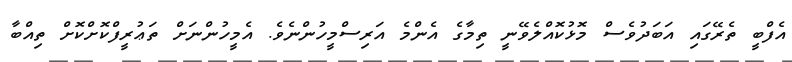
އެފްބީ ތެރޭގައި އަބަދުވެސް މޮޅުކޮއްލެވޭނީ ތިމާގެ އެންމެ އަރިސްމީހުންނެވެ. އެމީހުންނަށް ތަޢުރީފްކޮށްކޮށް ތިއްބާ